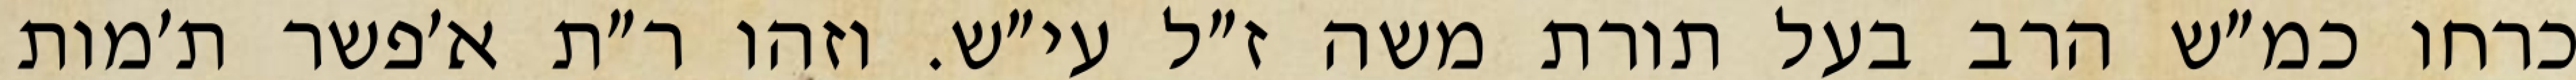
כרחו כמ״ש הרב בעל תורת משה ז״ל עי״ש. וזהו ר״ת א׳פשר ת׳מות